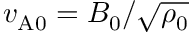
v _ { \mathrm { A 0 } } = B _ { 0 } / \sqrt { \rho _ { 0 } }